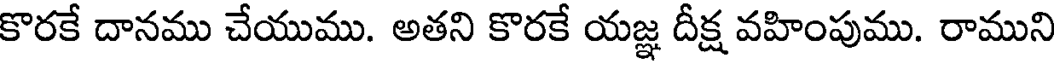
కొరకే దానము చేయుము. అతని కొరకే యజ్ఞ దీక్ష వహింపుము. రాముని